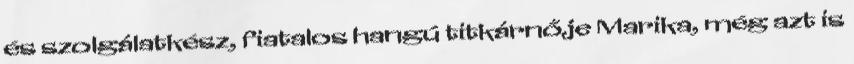
és szolgálatkész, fiatalos hangú titkárnője Marika, még azt is